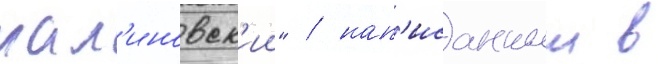
мал'иновск'ии" / нап'исанныи в